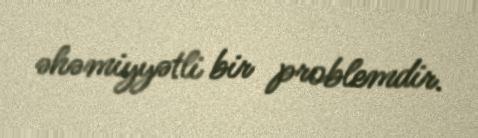
əhəmiyyətli bir problemdir.